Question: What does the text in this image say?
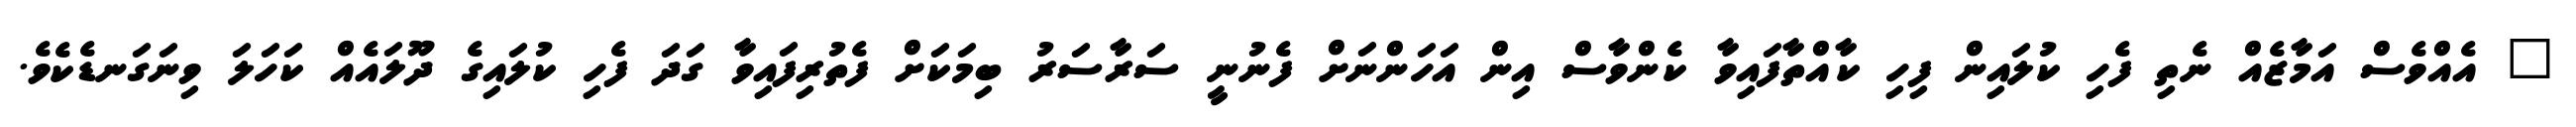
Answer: " އެއްވެސް އަމާޒެއް ނެތި ފެހި ކުލައިން ފިހި ކާއްތާފައިވާ ކެންވާސް އިން އަހަންނަށް ފެނުނީ ސަރާސަރު ބިމަކަށް ފެތުރިފައިވާ ގަދަ ފެހި ކުލައިގެ ދޫލައެއް ކަހަލަ ވިނަގަނޑެކެވެ.